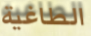
الطاغية